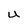
Character: U